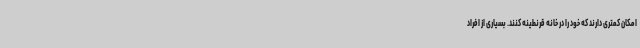
امکان کمتری دارند که خود را در خانه قرنطینه کنند. بسیاری از افراد